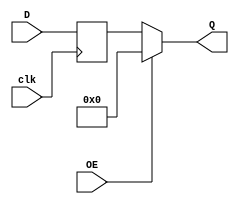
module x74374 (
  input clk,
  input [7:0] D,
  output [7:0] Q,
  input OE
);

assign Q = ~OE ? rD : 8'd0;
reg [7:0] rD;

always @(posedge clk)
  rD <= D;

endmodule